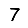
Digit: 7